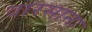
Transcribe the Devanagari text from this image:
वारसाना